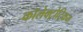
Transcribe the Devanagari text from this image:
कॉलेक्ट्रोट्रिकम